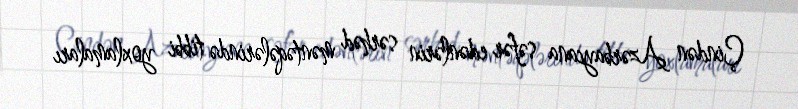
Çindən Azərbaycana səfər edənlərin sərhəd məntəqələrində tibbi yoxlamaları